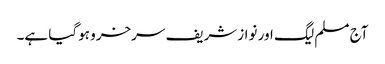
آج مسلم لیگ اور نوازشریف سرخرو ہوگیا ہے۔